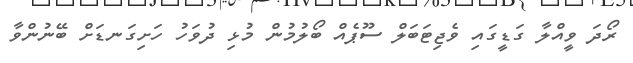
ރޯދަ ވީއްލާ ގަޑީގައި ވެޖިޓަބަލް ސޫޕެއް ބޯލުމުން މުޅި ދުވަހު ހަށިގަނޑަށް ބޭނުންވާ